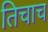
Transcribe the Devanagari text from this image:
तिचाच